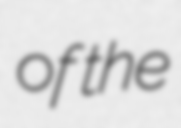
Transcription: of the